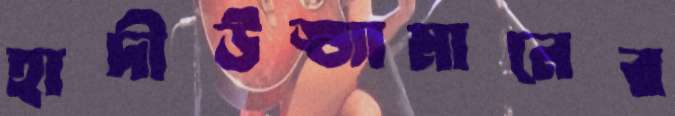
হাদীউজ্জামানের